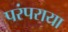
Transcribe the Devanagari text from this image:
परंपराया